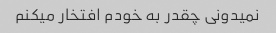
نمیدونی چقدر به خودم افتخار میکنم